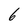
Character: 6